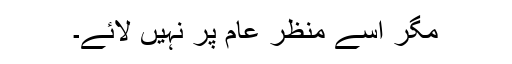
مگر اسے منظرِ عام پر نہیں لائے۔